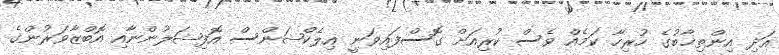
އަދި އިންތިޚާބުގެ ހުރިހާ ކަމެއް ވެސް ކުރިއަށް ގޮސްފައިވަނީ އިލެކްޝަންސް އޮފިޝަލުންނާއި އޮބްޒާވަރުންގެ